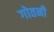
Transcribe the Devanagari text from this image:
गोतनी